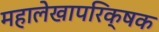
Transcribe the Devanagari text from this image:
महालेखापरिक्षक